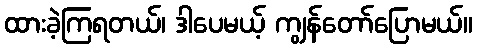
ထားခဲ့ကြရတယ်၊ ဒါပေမယ့် ကျွန်တော်ပြောမယ်။